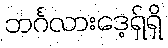
ဘင်္ဂလားဒေ့ရှ်ရှိ